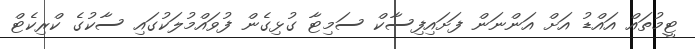
ޓީމުތައް އައްޑު އަށް އަންނަން ފަށައިފިސާކް ސަމިޓާ ގުޅިގެން ފުވައްމުލަކުގައި ސާކުގެ ކްރިކެޓް